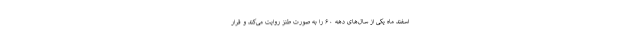
اسفند ماه یکی از سال‌های دهه ۶۰ را به صورت طنز روایت می‌کند و قرار